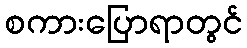
စကားပြောရာတွင်